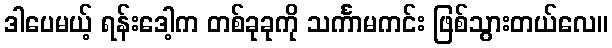
ဒါပေမယ့် ရန်းဒေါ့က တစ်ခုခုကို သင်္ကာမကင်း ဖြစ်သွားတယ်လေ။